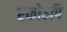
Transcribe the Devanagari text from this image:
एकोऽपि